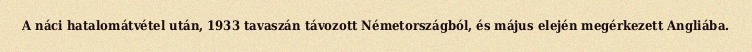
A náci hatalomátvétel után, 1933 tavaszán távozott Németországból, és május elején megérkezett Angliába.